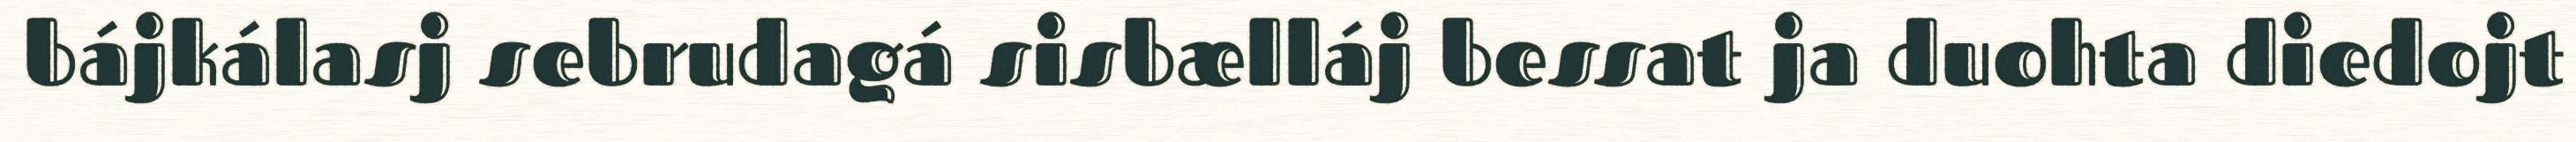
bájkálasj sebrudagá sisbælláj bessat ja duohta diedojt